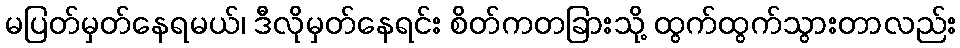
မပြတ်မှတ်နေရမယ်၊ ဒီလိုမှတ်နေရင်း စိတ်ကတခြားသို့ ထွက်ထွက်သွားတာလည်း